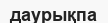
даурықпа